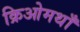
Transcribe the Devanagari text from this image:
क्रिओमथाँ